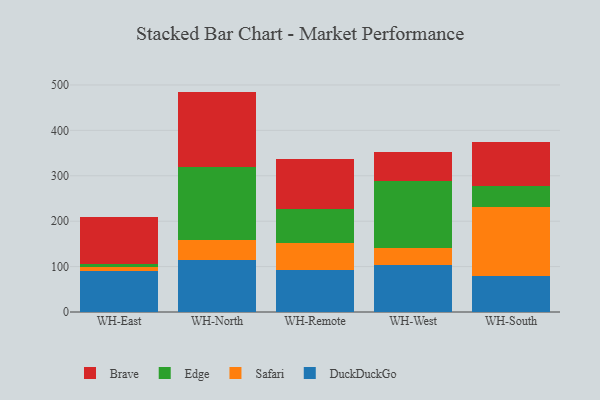
{"axis": {"x": "Warehouse", "y": "Market Share (%)"}, "legend": ["Brave", "DuckDuckGo", "Edge", "Safari"], "data": [{"x": "WH-East", "y": 91.2, "type": "DuckDuckGo"}, {"x": "WH-East", "y": 8.2, "type": "Safari"}, {"x": "WH-East", "y": 5.8, "type": "Edge"}, {"x": "WH-East", "y": 103.6, "type": "Brave"}, {"x": "WH-North", "y": 113.5, "type": "DuckDuckGo"}, {"x": "WH-North", "y": 45.1, "type": "Safari"}, {"x": "WH-North", "y": 160.7, "type": "Edge"}, {"x": "WH-North", "y": 166.1, "type": "Brave"}, {"x": "WH-Remote", "y": 92.5, "type": "DuckDuckGo"}, {"x": "WH-Remote", "y": 58.5, "type": "Safari"}, {"x": "WH-Remote", "y": 75.4, "type": "Edge"}, {"x": "WH-Remote", "y": 109.5, "type": "Brave"}, {"x": "WH-West", "y": 103.4, "type": "DuckDuckGo"}, {"x": "WH-West", "y": 37.6, "type": "Safari"}, {"x": "WH-West", "y": 146.8, "type": "Edge"}, {"x": "WH-West", "y": 64.8, "type": "Brave"}, {"x": "WH-South", "y": 79.6, "type": "DuckDuckGo"}, {"x": "WH-South", "y": 152.1, "type": "Safari"}, {"x": "WH-South", "y": 45.3, "type": "Edge"}, {"x": "WH-South", "y": 98.2, "type": "Brave"}]}